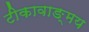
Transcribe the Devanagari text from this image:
टीकावाङ्मय